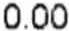
0.00